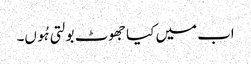
اب میں کیا جھوٹ بولتی ہُوں۔